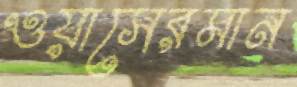
ওয়াসেরমান